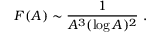
{ \cal F } ( A ) \sim { \frac { 1 } { A ^ { 3 } ( \log A ) ^ { 2 } } } \ .